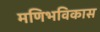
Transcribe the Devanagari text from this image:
मणिभविकास